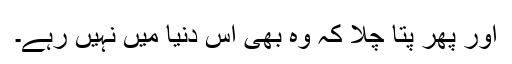
اور پھر پتا چلا کہ وہ بھی اس دنیا میں نہیں رہے۔